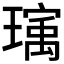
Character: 𬎒